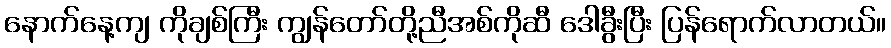
နောက်နေ့ကျ ကိုချစ်ကြီး ကျွန်တော်တို့ညီအစ်ကိုဆီ ဒေါခွီးပြီး ပြန်ရောက်လာတယ်။